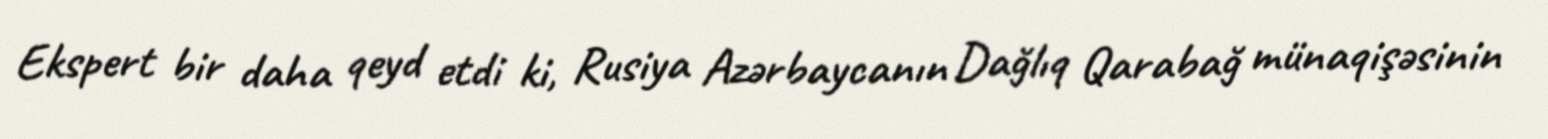
Ekspert bir daha qeyd etdi ki, Rusiya Azərbaycanın Dağlıq Qarabağ münaqişəsinin